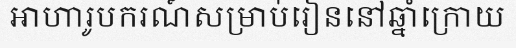
អាហារូបករណ៍សម្រាប់រៀននៅឆ្នាំក្រោយ